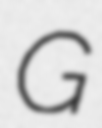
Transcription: G